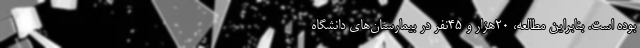
بوده است. بنابراین مطالعه، ۲۰هزار و ۴۵نفر در بیمارستان‌های دانشگاه